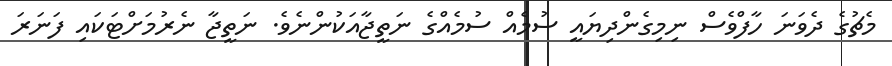
މެޗުގެ ދެވަނަ ހާފްވެސް ނިމިގެންދިޔައީ ސުމެއް ސުމެއްގެ ނަތީޖާއަކުންނެވެ. ނަތީޖާ ނެރުމަަށްޓަކައި ފަނަރަ